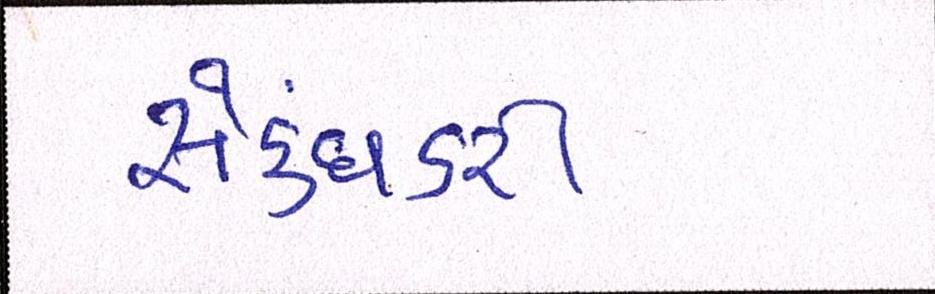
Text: સેક્ધડરી